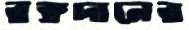
রক্তদানের